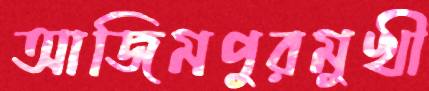
আজিমপুরমুখী